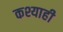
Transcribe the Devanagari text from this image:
कश्याही